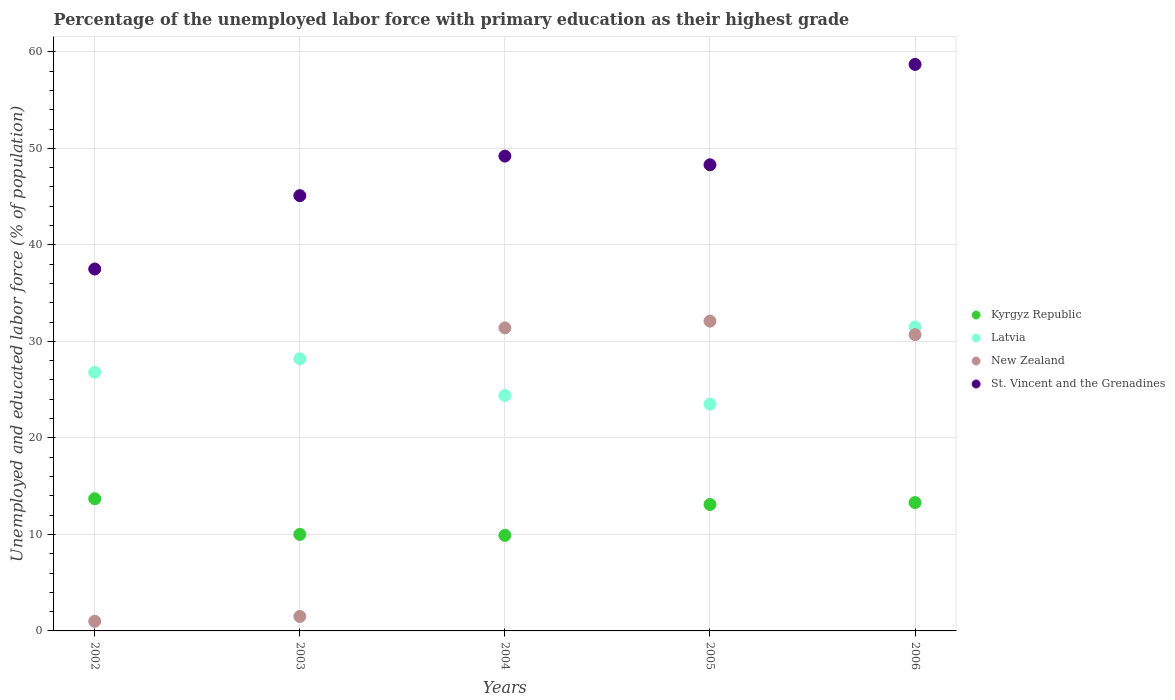
| Years | Kyrgyz Republic | Latvia | New Zealand | St. Vincent and the Grenadines |
 | --- | --- | --- | --- | --- |
 | 2002 | 13.7 | 26.8 | 1 | 37.5 |
 | 2003 | 10 | 28.2 | 1.5 | 45.1 |
 | 2004 | 9.9 | 24.4 | 31.4 | 49.2 |
 | 2005 | 13.1 | 23.5 | 32.1 | 48.3 |
 | 2006 | 13.3 | 31.5 | 30.7 | 58.7 |